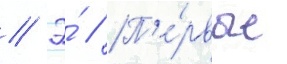
// Э́ // П'е́рвые